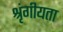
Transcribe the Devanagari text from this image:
श्रृंगीयता